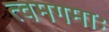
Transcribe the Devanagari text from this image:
त्वमगमाः